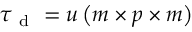
\boldsymbol { \tau } _ { \mathrm { ~ d ~ } } = u \left( \boldsymbol { m } \times \boldsymbol { p } \times \boldsymbol { m } \right)